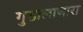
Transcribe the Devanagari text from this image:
गुडालाजारा